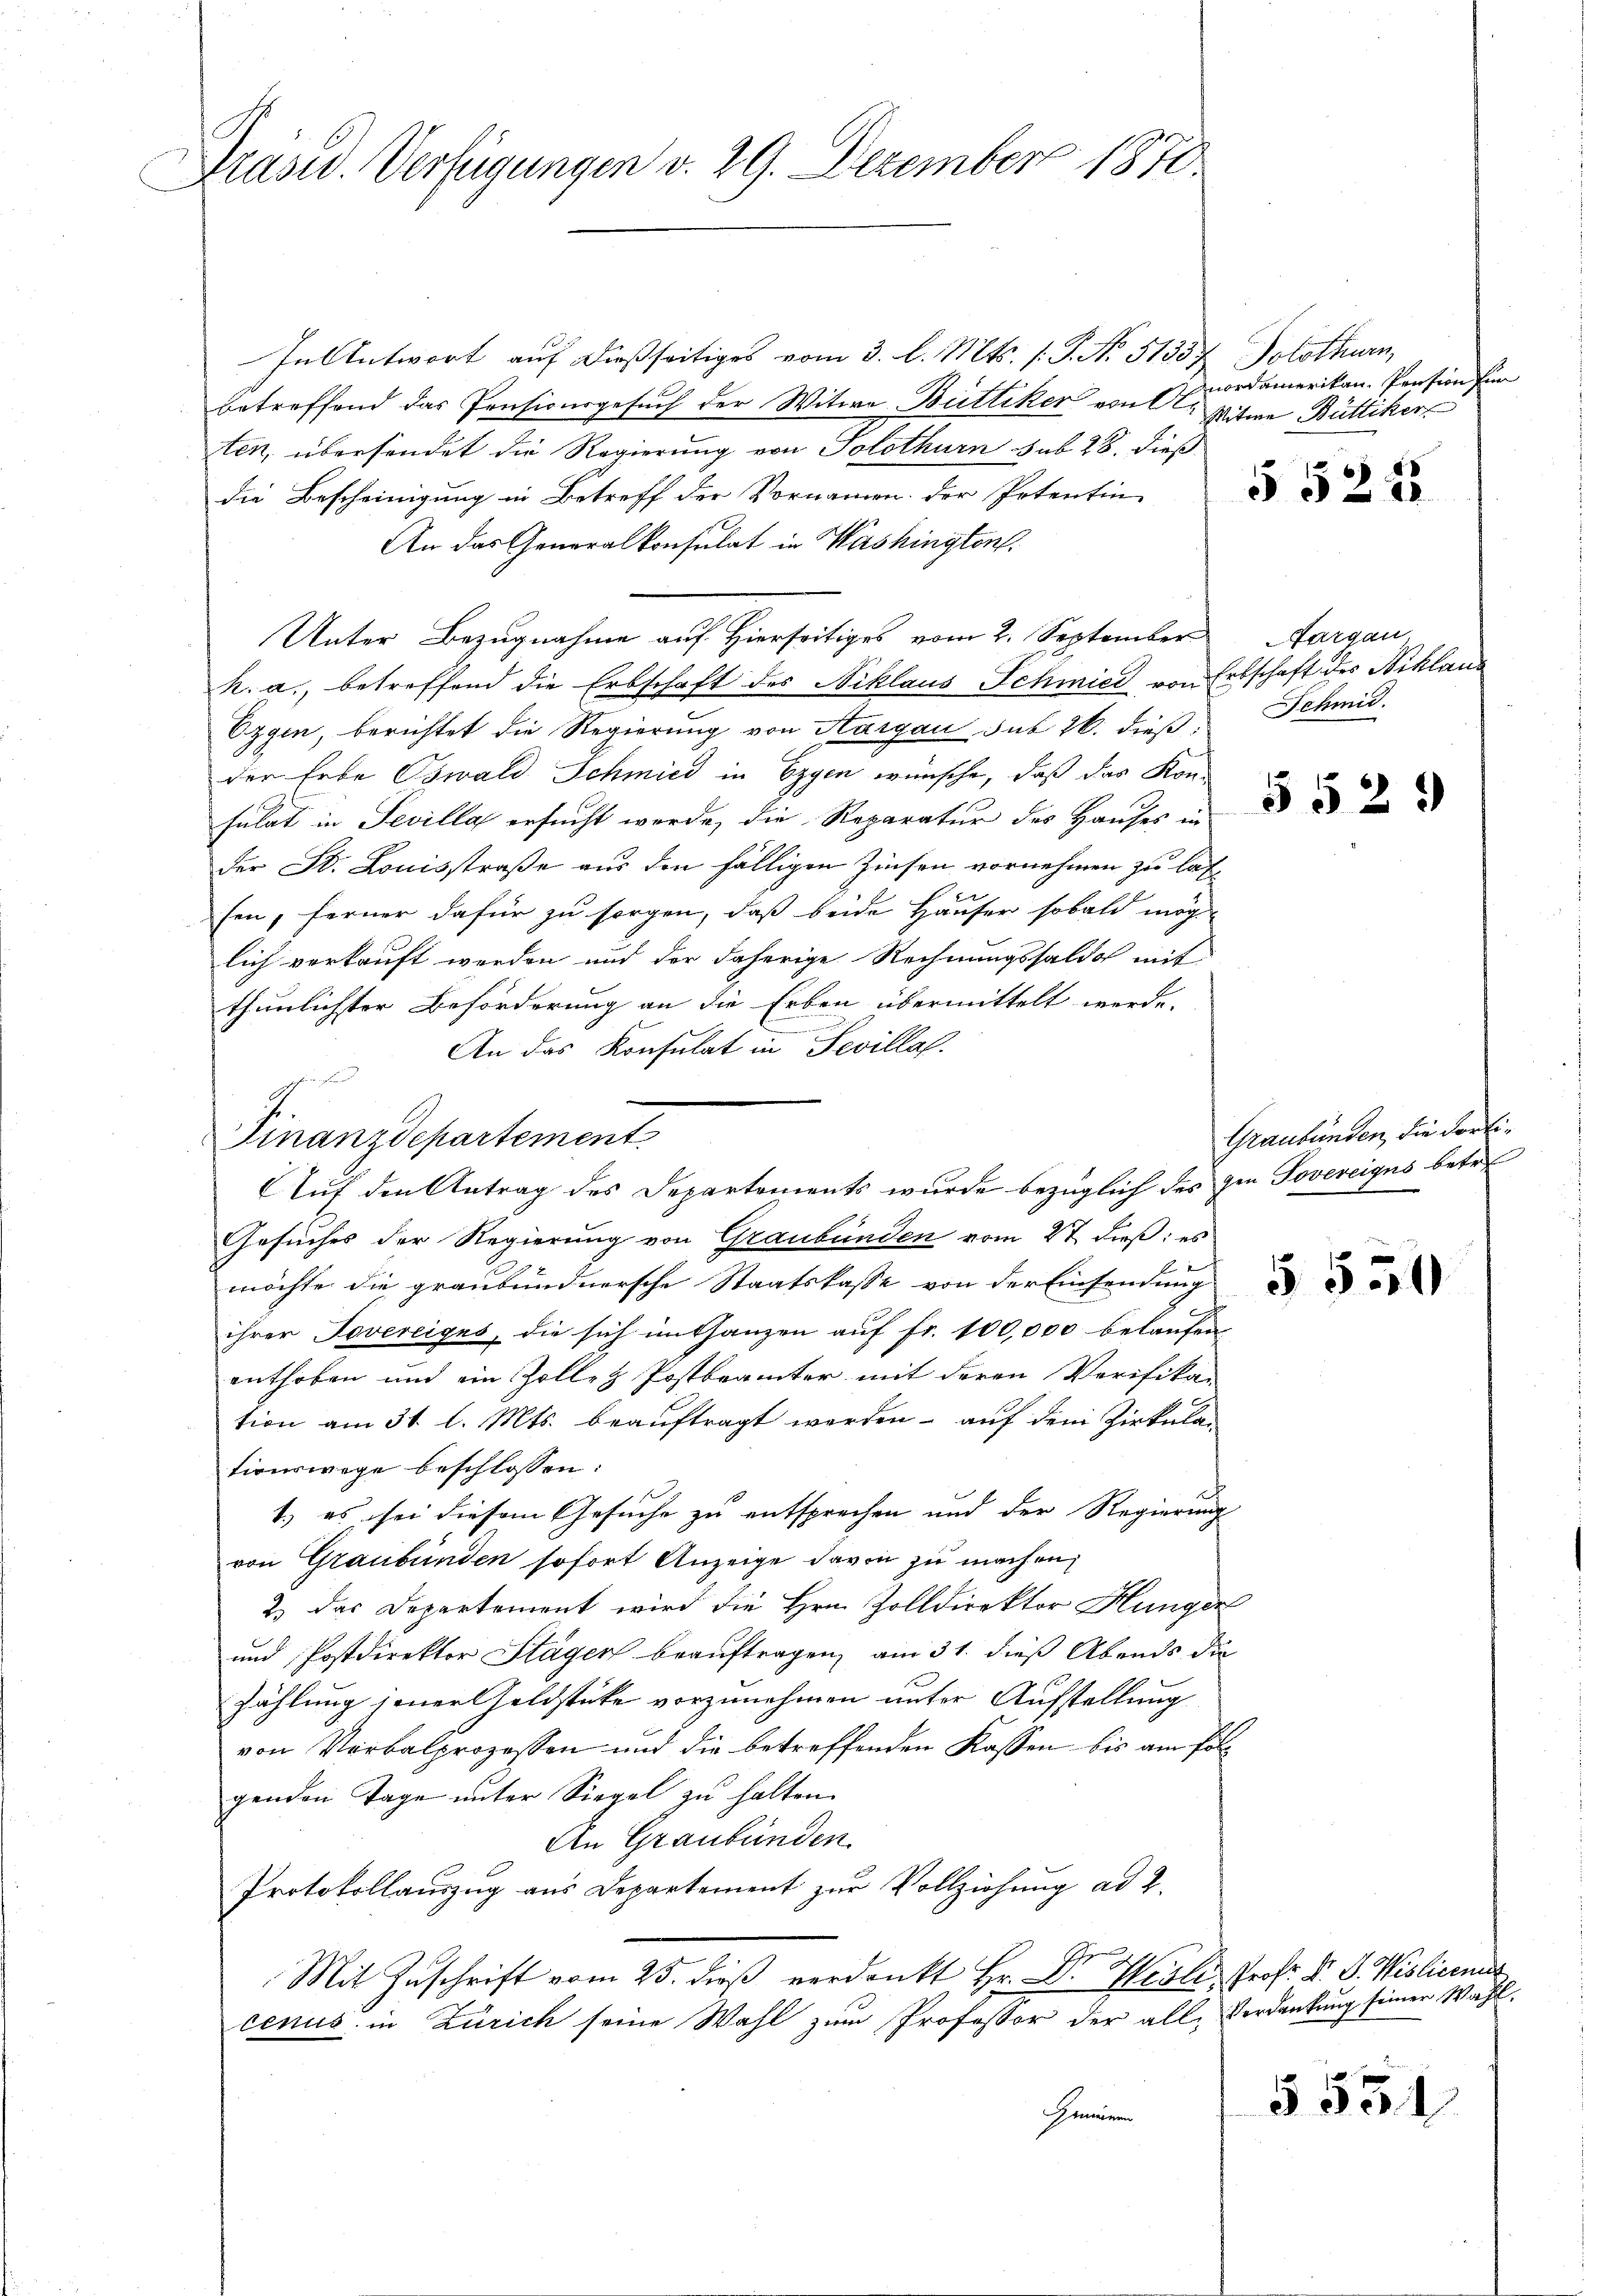
Präsid. Verfügungen v. 29. Dezember 1870

In Antwort auf dießseitiges vom 3. l. Mts. (T. No. 51357. Solothurn,
betreffend das Pensionsgesuch der Witwe Büttiker von A. Mitwe Büttiker
ten, übersendet die Regierung von Solothurn sub 28. dieß
die Bescheinigung in Betreff der Vornamen der Petentin
An das Generalkonsulat in Washington.
Unter Bezugnahme auf Hierseitiges vom 2. September
h. a., betreffend die Erbschaft des Niklaus Schmied von Erbschaft des Niklaus
Ezgen, berichtet die Regierung von Aargau sub 26. dießder Erbe Oswald Schmied in Ergen wünsche, daß das Kon-
1
sulat in Sevilla ersucht werde, die Reparatur des Hauses in
der St. Louisstraße aus den fälligen Zinsen vornehmen zu las-
sen, ferner dafür zu sorgen, daß beide Häuser sobald mög
lich verkauft werden und der daherige Rechnungssaldo mit
thunlichster Beförderung an die Erben übermittelt werde.
An das Konsulat in Sevillaf.
Gesuches der Regierung von Graubünden vom 2t dieß: es
möchte die graubündnersche Staatskasse von der Einsendung
ihrer Jovereiges, die sich enthanzen auf Fr. 100,000 belaufen
enthoben und ein Zolleg Postbrämter mit deren Verifikar
tion am 31. l. Mts. beauftragt worden - auf dem Zirkulan
tionswege beschlossen:
d
1.) es sei diesem Gesuche zu entsprechen und der Regierung
von Graubünden sofort Anzeige davon zu machen,
2) das Departement wird die Hrn. Zolldirektor Hunger
und Postdirektor Stägen beauftragen, am 31. dieß Abends die
Zählung jener Geldstücke vorzunehmen unter Aufstellung
von Verbalprozessen und die betreffenden Kassen bis am Polgenden Tage unter Siegel zu halten.
An Graubünden.
Protokollauszug aus Departement zur Vollziehung ad 2.
Mit Zuschrift vom 25. dieß verdankt Hr. Dr. Weil, Prof. Dr. S. Wislienis
cenus in Zürich seine Wahl zum Professor der alle Verdankung seiner Wahl.
Gemeinen

J.
Finanzdepartement
Auf den Antrag des Departements wurde bezüglich des in Sovereigus betre

ordamerikan. Pension sin

§522

Fargau
Schmit.

552.

Graubünden, die dorti¬

§ 550

5531